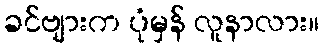
ခင်ဗျားက ပုံမှန် လူနာလား။